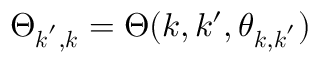
\Theta _ { \boldsymbol { k } ^ { \prime } , \boldsymbol { k } } = \Theta ( k , k ^ { \prime } , \theta _ { \boldsymbol { k } , \boldsymbol { k } ^ { \prime } } )